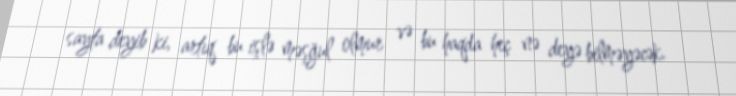
sayta deyib ki, artıq bu işlə məşğul olmur və bu haqda heç nə deyə bilməyəcək.